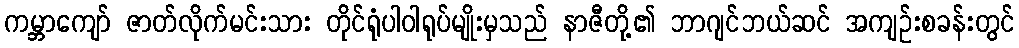
ကမ္ဘာကျော် ဇာတ်လိုက်မင်းသား တိုင်ရုံပါဝါရုပ်မျိုးမှသည် နာဇီတို့၏ ဘာဂျင်ဘယ်ဆင် အကျဉ်းစခန်းတွင်